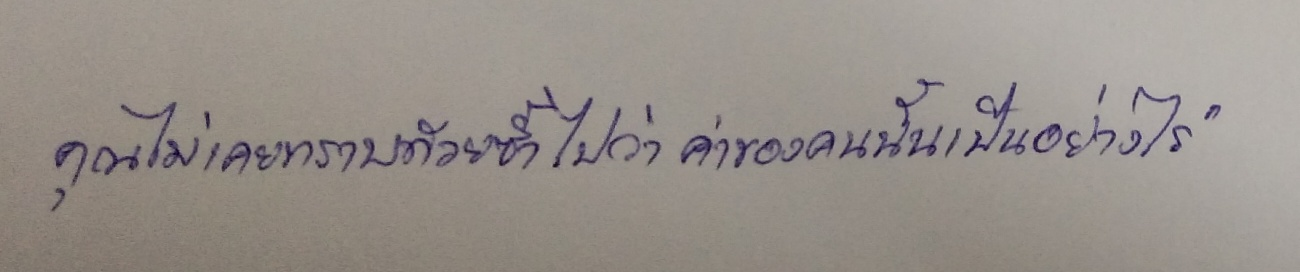
คุณไม่เคยทราบด้วยซ้ำไปว่าค่าของคนนั้นเป็นอย่างไร"